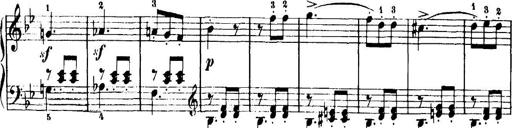
Title: 7 Sonatinas
Composer: Anton Diabelli